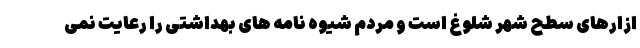
ازارهای سطح شهر شلوغ است و مردم شیوه نامه های بهداشتی را رعایت نمی